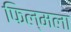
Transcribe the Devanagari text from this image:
फिल्मला